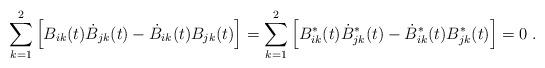
LaTeX: \begin{align*}\sum_{k=1}^2\left[ B_{ik}(t)\dot{B}_{jk}(t)-\dot{B}_{ik}(t)B_{jk}(t)\right]=\sum_{k=1}^2\left[B_{ik}^\ast(t)\dot{B}_{jk}^\ast(t)-\dot{B}_{ik}^\ast(t)B_{jk}^\ast(t)\right]=0\;.\end{align*}